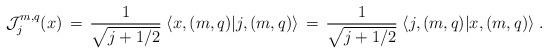
LaTeX: \begin{align*}{\cal J}_j^{m,q}(x)\, =\,\frac{1}{\sqrt{j+1/2}}\; \langle x, (m,q)|j, (m,q)\rangle\, =\, \frac{1}{\sqrt{j+1/2}}\;\langle j, (m,q)|x, (m,q)\rangle \;. \end{align*}